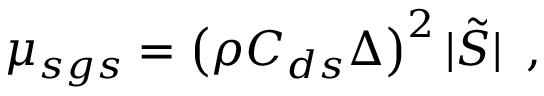
\mu _ { s g s } = \left( \rho C _ { d s } \Delta \right) ^ { 2 } | \tilde { S } | \, \mathrm { ~ , ~ }